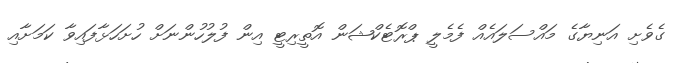
ގެވެށި އަނިޔާގެ މައްސަލައެއް ފެމެލީ ޕްރޮޓެކްޝަން އޮތީރިޓީ އިން ފުލުހުންނަށް ހުށަހަޅާފައިވާ ކަމަށާއި